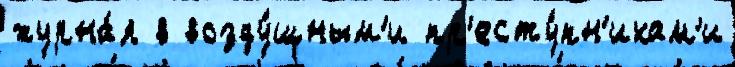
журна́л в возду́шным'и пр'есту́пн'икам'и